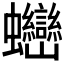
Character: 𧖖